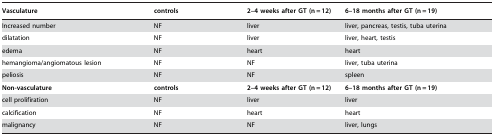
<table><thead><tr><td><b>Vasculature</b></td><td><b>controls</b></td><td><b>2–4 weeks after GT (n = 12)</b></td><td><b>6–18 months after GT (n = 19)</b></td></tr></thead><tbody><tr><td>Increased number</td><td>NF</td><td>liver</td><td>liver, pancreas, testis, tuba uterina</td></tr><tr><td>dilatation</td><td>NF</td><td>liver</td><td>liver, heart, testis</td></tr><tr><td>edema</td><td>NF</td><td>heart</td><td>heart</td></tr><tr><td>hemangioma/angiomatous lesion</td><td>NF</td><td>NF</td><td>liver, tuba uterina</td></tr><tr><td>peliosis</td><td>NF</td><td>NF</td><td>spleen</td></tr><tr><td><b>Non-vasculature</b></td><td><b>controls</b></td><td><b>2–4 weeks after GT (n = 12)</b></td><td><b>6–18 months after GT (n = 19)</b></td></tr><tr><td>cell prolifiration</td><td>NF</td><td>liver</td><td>liver</td></tr><tr><td>calcification</td><td>NF</td><td>heart</td><td>heart</td></tr><tr><td>malignancy</td><td>NF</td><td>NF</td><td>liver, lungs</td></tr></tbody></table>